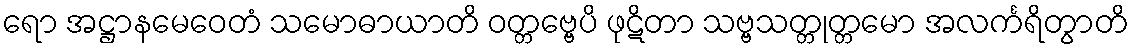
ရော အဋ္ဌာနမေဝေတံ သမောဓာယာတိ ဝတ္တဗ္ဗေပိ ဖုဋိတာ သဗ္ဗသတ္တုတ္တမော အလင်္ကရိတွာတိ